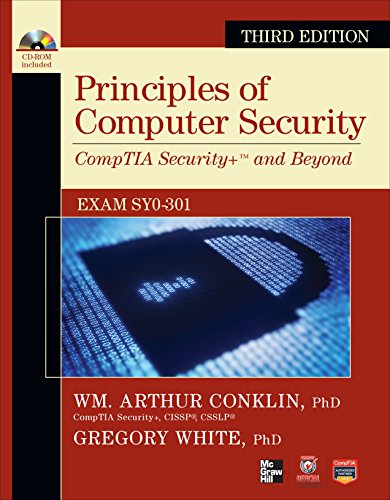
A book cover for Principles of Computer Security: CompTIA Security+ and Beyond [With CDROM] (Official Comptia Guide); Wm. Arthur Conklin; Computers & Technology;